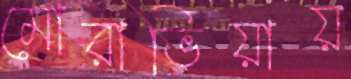
মোরাভিয়ায়